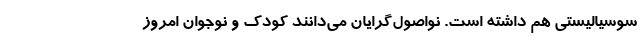
سوسیالیستی هم داشته است. نواصول‌گرایان می‌دانند کودک و نوجوان امروز